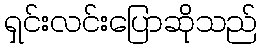
ရှင်းလင်းပြောဆိုသည်